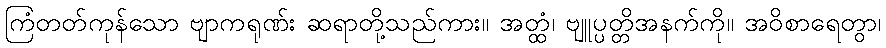
ကြံတတ်ကုန်သော ဗျာကရုဏ်း ဆရာတို့သည်ကား။ အတ္ထံ၊ ဗျူပ္ပတ္တိအနက်ကို။ အဝိစာရေတွာ၊